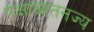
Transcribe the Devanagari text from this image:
पक्षाघातनज्य